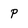
Character: p